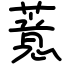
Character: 薏